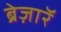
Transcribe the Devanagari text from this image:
ब्रेज़ाॅर